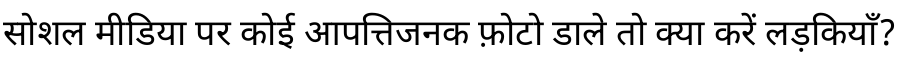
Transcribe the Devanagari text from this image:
सोशल मीडिया पर कोई आपत्तिजनक फ़ोटो डाले तो क्या करें लड़कियाँ?